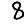
Digit: 8